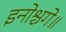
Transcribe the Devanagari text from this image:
इनोश्चगे॥